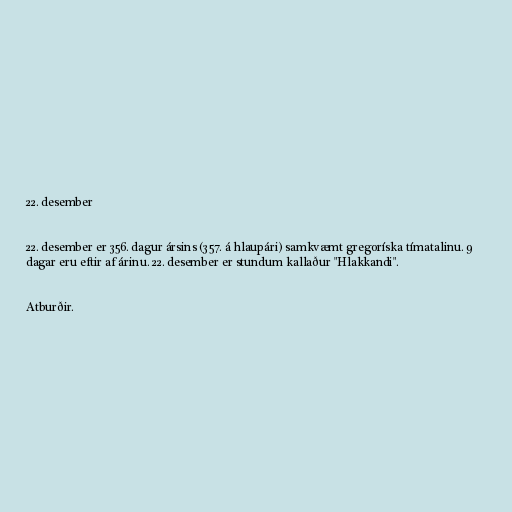
22. desember

22. desember er 356. dagur ársins (357. á hlaupári) samkvæmt gregoríska tímatalinu. 9
dagar eru eftir af árinu. 22. desember er stundum kallaður "Hlakkandi".

Atburðir.